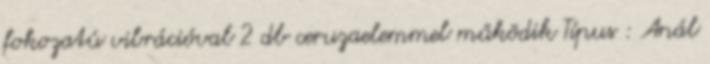
fokozatú vibrációval 2 db ceruzaelemmel működik Típus : Anál